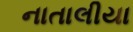
નાતાલીયા